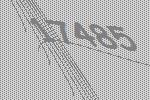
17485